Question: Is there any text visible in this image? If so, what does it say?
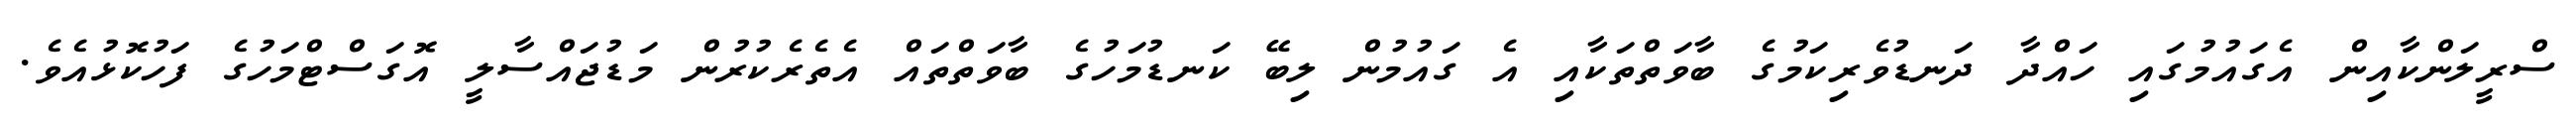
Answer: ސްރީލަންކާއިން އެގައުމުގައި ހައްދާ ދަނޑުވެރިކަމުގެ ބާވަތްތަކާއި އެ ގައުމުން ލިބޭ ކަނޑުމަހުގެ ބާވަތްތައް އެތެރެކުރުން މަޑުޖައްސާލީ އޮގަސްޓްމަހުގެ ފަހުކޮޅުއެވެ.